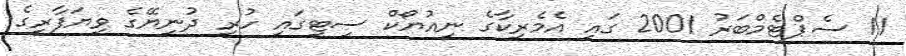
11 ސެޕްޓެމްބަރު 2001 ގައި އެމެރިކާގެ ނިއުޔޯކް ސިޓީގައި ހުރި ދުނިޔޭގެ ވިޔަފާރީގެ